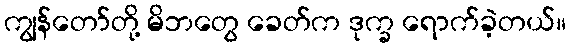
ကျွန်တော်တို့ မိဘတွေ ခေတ်က ဒုက္ခ ရောက်ခဲ့တယ်။